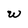
Character: W